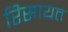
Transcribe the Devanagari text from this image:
रिसायत